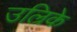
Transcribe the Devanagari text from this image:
उल्रिके